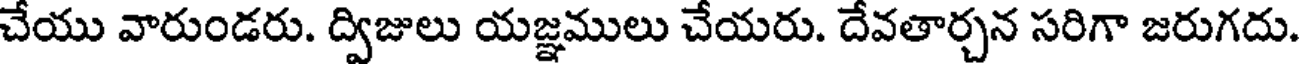
చేయు వారుండరు. ద్విజులు యజ్ఞములు చేయరు. దేవతార్చన సరిగా జరుగదు.